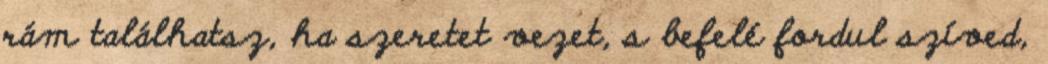
rám találhatsz, ha szeretet vezet, s befelé fordul szíved,